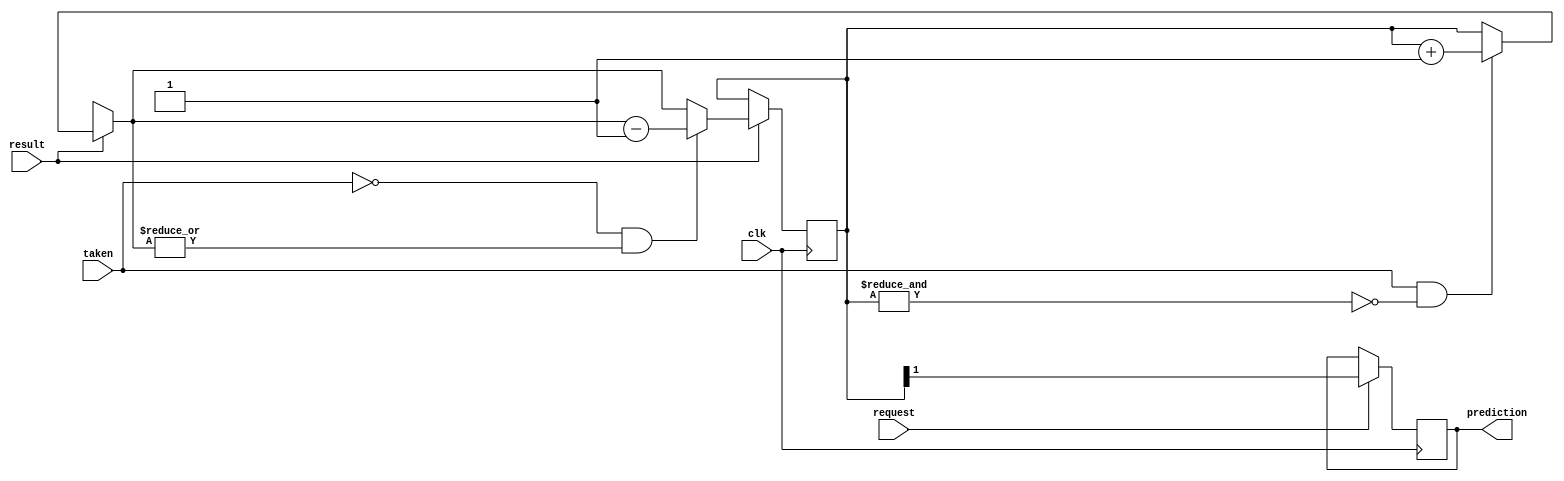
module predictor(input wire request, result, clk, taken, output reg prediction);

    reg [1:0]state = 2'b11;
    

    always@(posedge clk) begin
        if(request) begin
            prediction = state[1];
        end
        if(result) begin
            if(taken &&  ~&state) begin
                state = state + 1;
            end    
            if(~taken &&  |state) begin
                state = state - 1;
            end    
        end 
    end 

endmodule